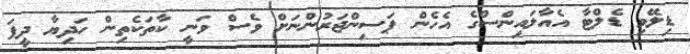
ޑިލޭވި ޑެލްޓާ އެއާލައިންސްގެ އެހެން ޕަސިންޖަރުންނަށް ވެސް ވަނީ ކާތަކެތިން ހަދިޔާ ދީފަ